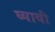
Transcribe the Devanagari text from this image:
घ्‍यावी